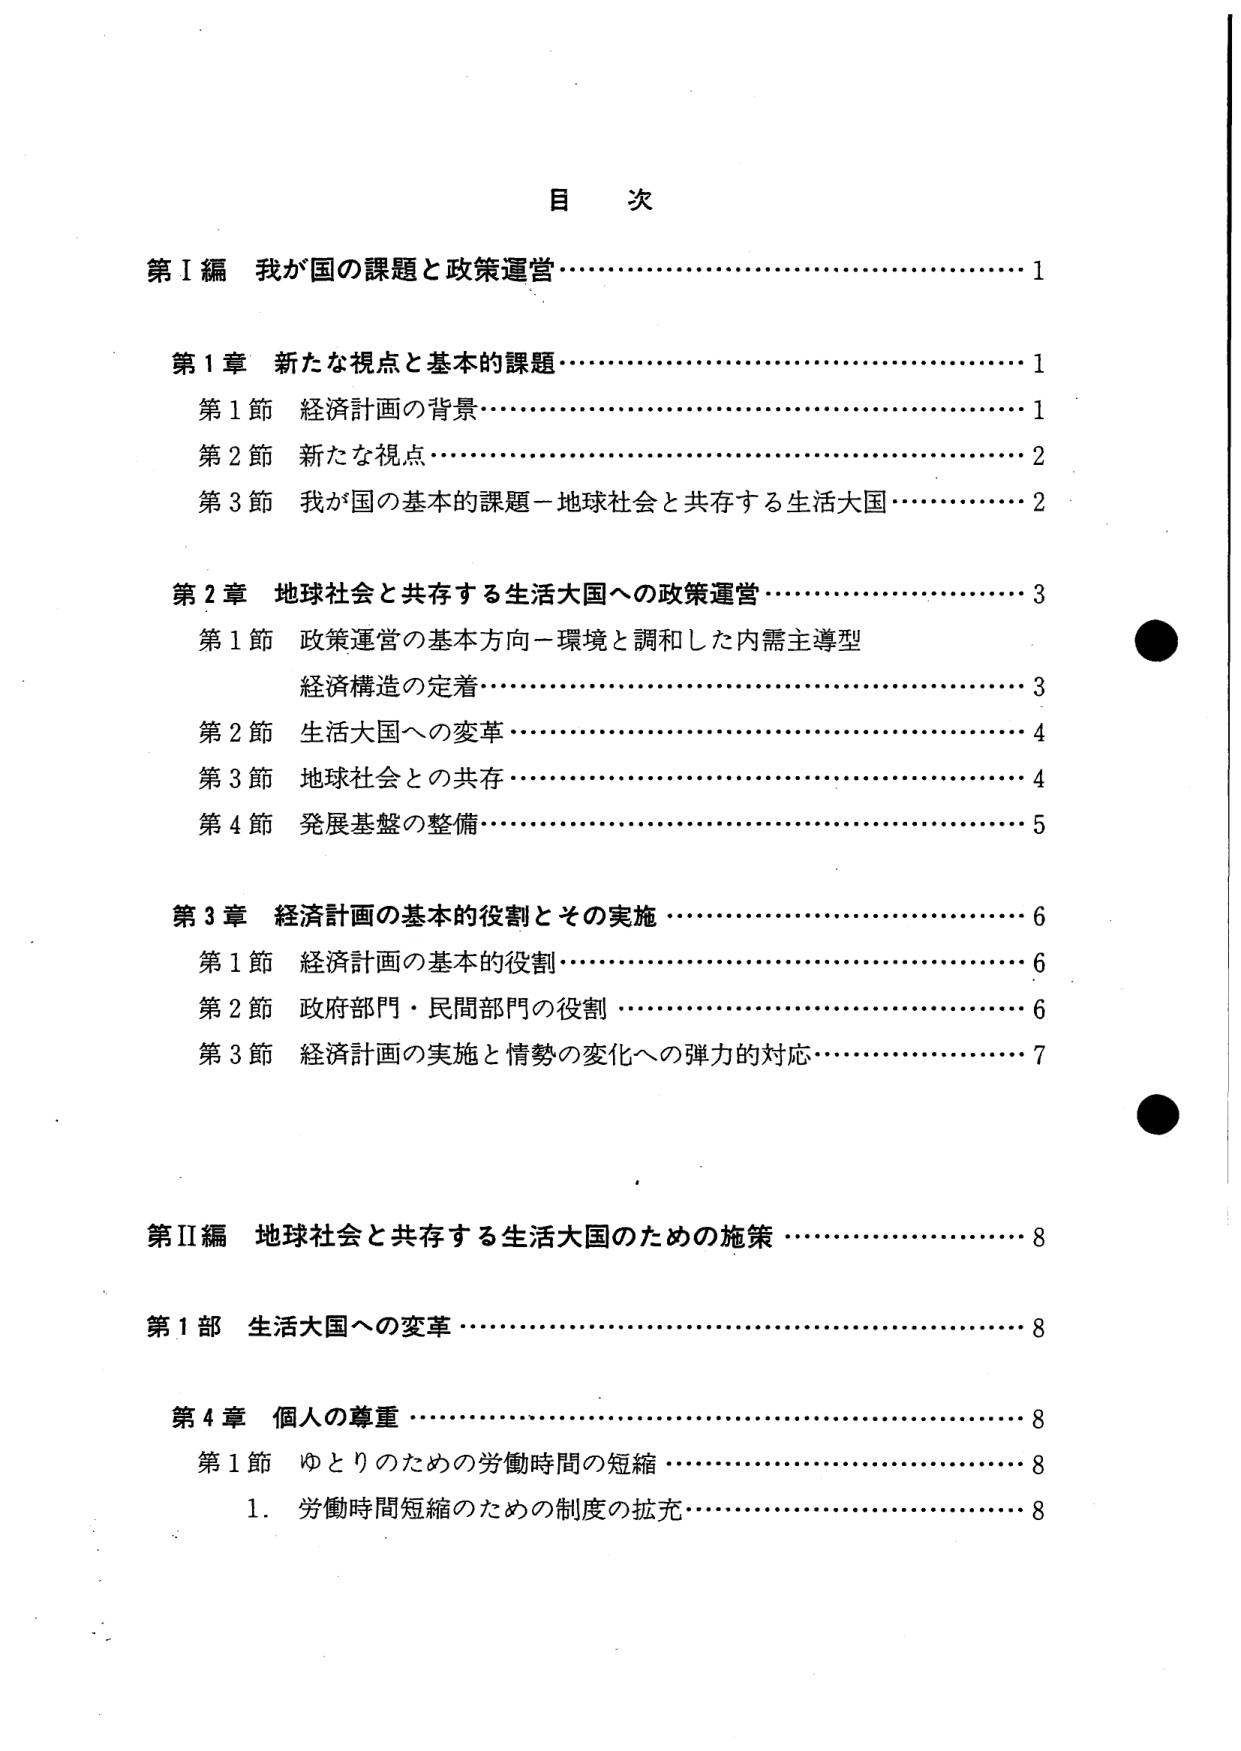
目 次

第Ⅰ編 我が国の課題と政策運営……………………………1

第1章 新たな視点と基本的課題……………………………1
　第1節 経済計画の背景……………………………………1
　第2節 新たな視点…………………………………………2
　第3節 我が国の基本的課題－地球社会と共存する生活大国………2

第2章 地球社会と共存する生活大国への政策運営…………3
　第1節 政策運営の基本方向－環境と調和した内需主導型
　　　経済構造の定着………………………………………3
　第2節 生活大国への変革…………………………………4
　第3節 地球社会との共存…………………………………4
　第4節 発展基盤の整備……………………………………5

第3章 経済計画の基本的役割とその実施…………………6
　第1節 経済計画の基本的役割……………………………6
　第2節 政府部門・民間部門の役割………………………6
　第3節 経済計画の実施と情勢の変化への弾力的対応………7

第Ⅱ編 地球社会と共存する生活大国のための施策…………8

第1部 生活大国への変革……………………………………8

第4章 個人の尊重……………………………………………8
　第1節 ゆとりのための労働時間の短縮…………………8
　　1. 労働時間短縮のための制度の拡充…………………8